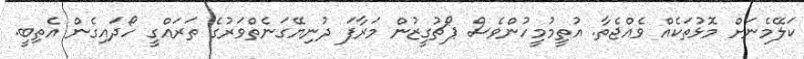
ކަލޭމެނަށް މޮޅުތަކެއް ވެއްޖެތާ. އުތީމުމީހުންވެސް ޕޯޗުގީޒުން މަރާފަ ދުނިޔޭގަނެތްވަރުގެ ތަރައްގީ ހޯދައިގެން އެތިބީ.